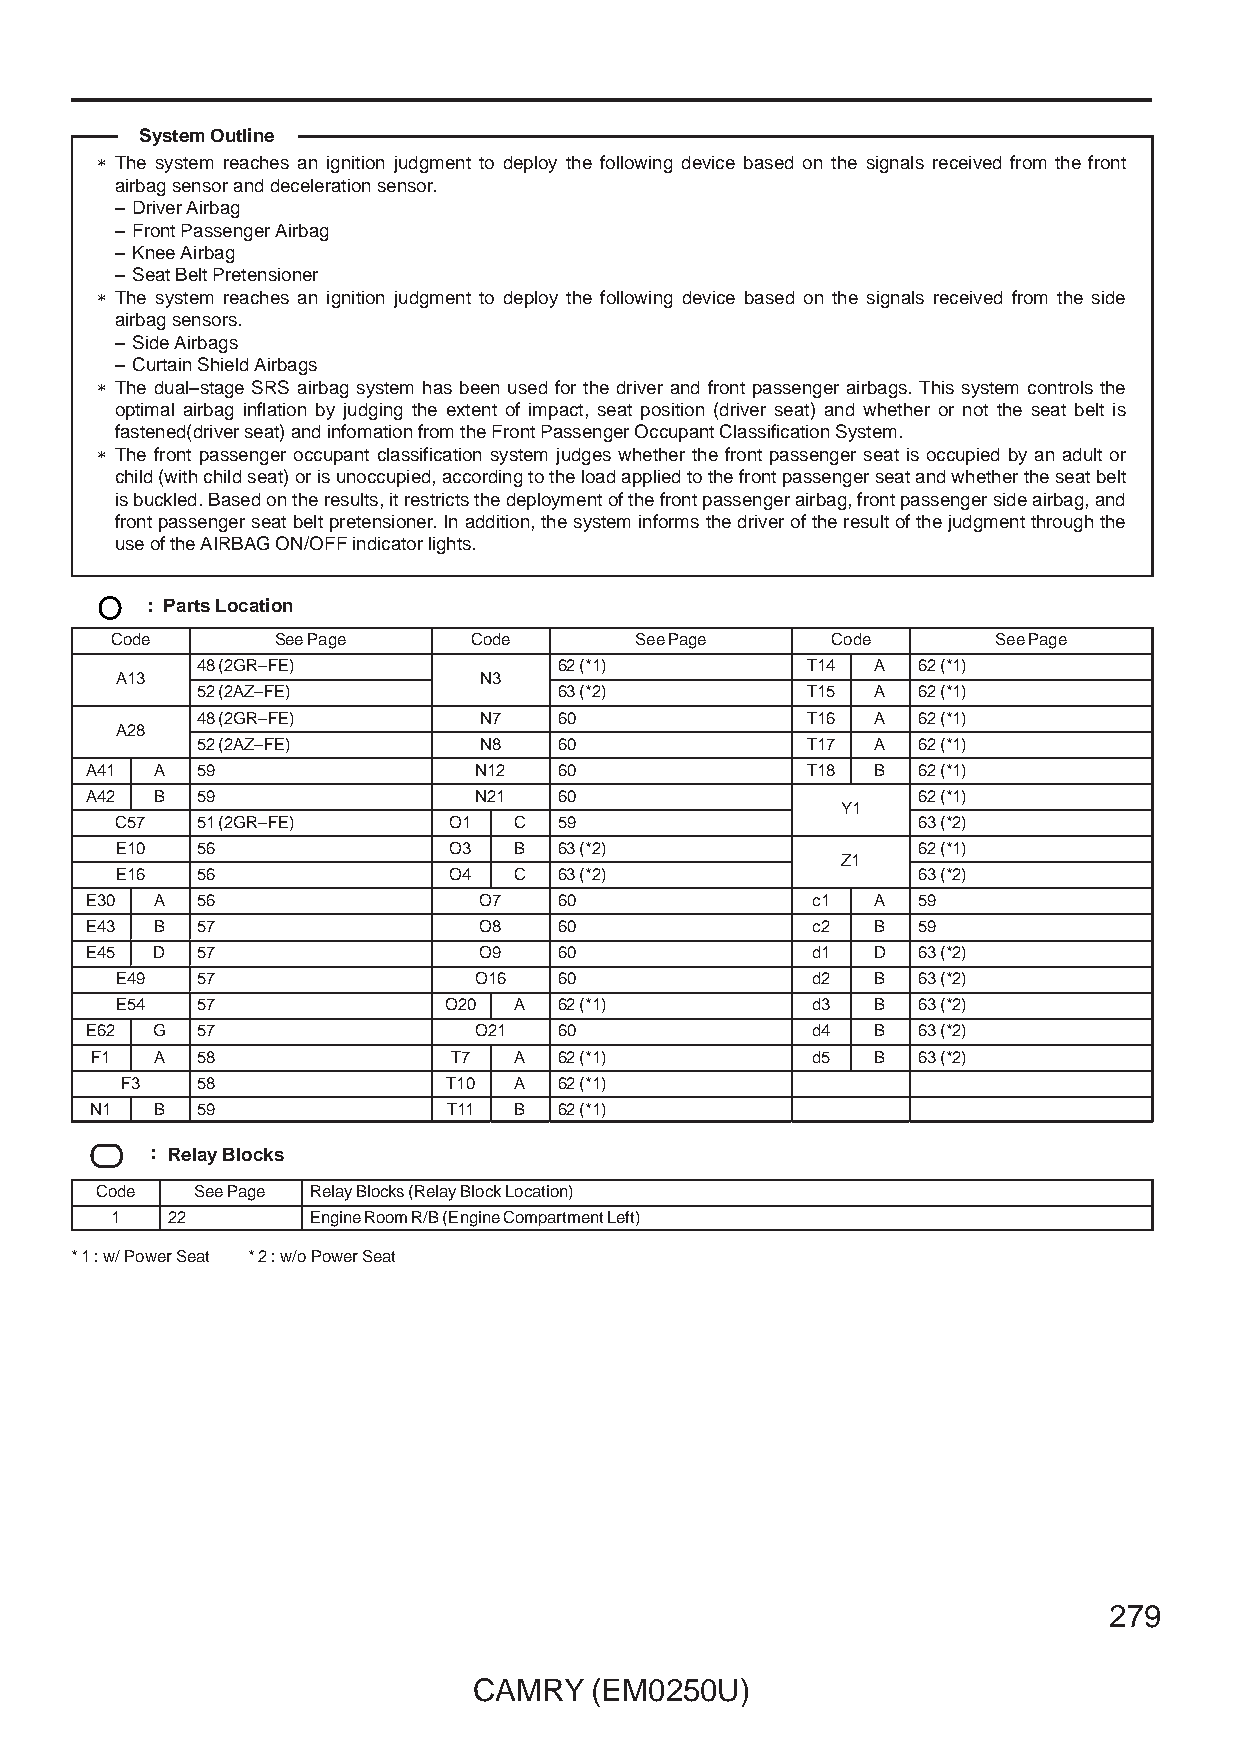
System Outline
 ∗ The system reaches an ignition judgment to deploy the following device based on the signals received from the front
 airbag sensor and deceleration sensor.
 – Driver Airbag
 – Front Passenger Airbag
 – Knee Airbag
 – Seat Belt Pretensioner
 ∗ The system reaches an ignition judgment to deploy the following device based on the signals received from the side
 airbag sensors.
 – Side Airbags
 – Curtain Shield Airbags
 ∗ The dual–stage SRS airbag system has been used for the driver and front passenger airbags. This system controls the
 optimal airbag inflation by judging the extent of impact, seat position (driver seat) and whether or not the seat belt is
 fastened(driver seat) and infomation from the Front Passenger Occupant Classification System.
 ∗ The front passenger occupant classification system judges whether the front passenger seat is occupied by an adult or
 child (with child seat) or is unoccupied, according to the load applied to the front passenger seat and whether the seat belt
 is buckled. Based on the results, it restricts the deployment of the front passenger airbag, front passenger side airbag, and
 front passenger seat belt pretensioner. In addition, the system informs the driver of the result of the judgment through the
 use of the AIRBAG ON/OFF indicator lights.
 : Parts Location
 Code       See Page     Code       See Page     Code       See Page
 48 (2GR–FE)             62 (*1)         T14  A  62 (*1)
 AA1133                  NN33
 52 (2AZ–FE)             63 (*2)         T15  A  62 (*1)
 48 (2GR–FE)        N7   60              T16  A  62 (*1)
 AA2288
 52 (2AZ–FE)        N8   60              T17  A  62 (*1)
 A41 A  59                N12   60              T18  B  62 (*1)
 A42 B  59                N21   60                      62 (*1)
 YY11
 C57  51 (2GR–FE)      O1  C  59                      63 (*2)
 E10  56               O3  B  63 (*2)                 62 (*1)
 ZZ11
 E16  56               O4  C  63 (*2)                 63 (*2)
 E30 A  56                 O7   60               c1  A  59
 E43 B  57                 O8   60               c2  B  59
 E45 D  57                 O9   60               d1  D  63 (*2)
 E49  57                O16   60               d2  B  63 (*2)
 E54  57              O20  A  62 (*1)          d3  B  63 (*2)
 E62 G  57                O21   60               d4  B  63 (*2)
 F1  A  58               T7  A  62 (*1)          d5  B  63 (*2)
 F3   58               T10 A  62 (*1)
 N1  B  59               T11 B  62 (*1)
 : Relay Blocks
 Code   See Page Relay Blocks (Relay Block Location)
 1   22       Engine Room R/B (Engine Compartment Left)
 * 1 : w/ Power Seat * 2 : w/o Power Seat
 279
 CAMRY   (EM0250U)